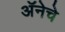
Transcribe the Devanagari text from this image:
अॅनेचे